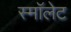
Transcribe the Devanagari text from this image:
स्माॅलेट